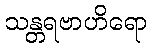
သန္တရဗာဟိရော